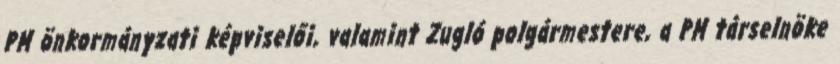
PM önkormányzati képviselői, valamint Zugló polgármestere, a PM társelnöke